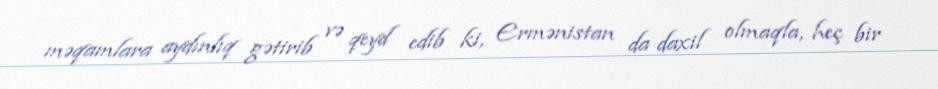
məqamlara aydınlıq gətirib və qeyd edib ki, Ermənistan da daxil olmaqla, heç bir